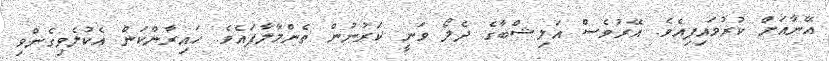
އޭނާއަށް ކުރުވައިފިއެވެ. އޭރުވެސް އަލިޝްބާގެ ދެލޯ ވަނީ ކަރުނުން ތެންމާލާފައެވެ. ހައިރާންކަން އެކުލެވިގެންވި